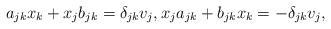
LaTeX: \begin{align*}a_{jk} x_k + x_j b_{jk} = \delta_{jk} v_j, x_j a_{jk} + b_{jk} x_k = -\delta_{jk} v_j,\end{align*}